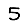
Digit: 5